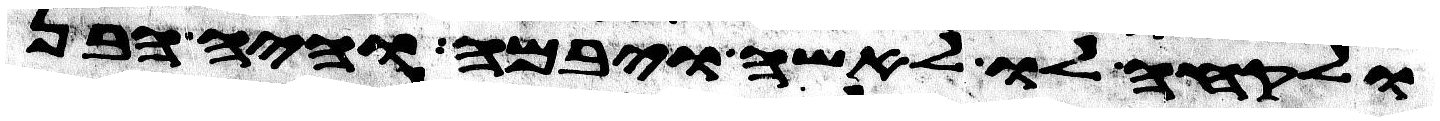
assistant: ולקחה לו לאשה ויבמה והיה הבן